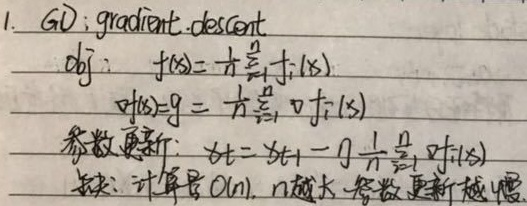
1. GD: gradient - descent
obj: \(f(x)=\frac{1}{n}\sum_{i = 1}^{n}f_i(x)\)
\(\nabla f(x)=g=\frac{1}{n}\sum_{i = 1}^{n}\nabla f_i(x)\)
参数更新: \(x_t=x_{t - 1}-\eta\frac{1}{n}\sum_{i = 1}^{n}\nabla f_i(x)\)
缺点: 计算量 \(O(n)\)，\(n\)越大，参数更新越慢 。